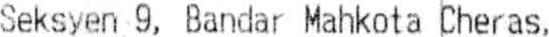
SEKSYEN 9, BANDAR MAHKOTA CHERAS,